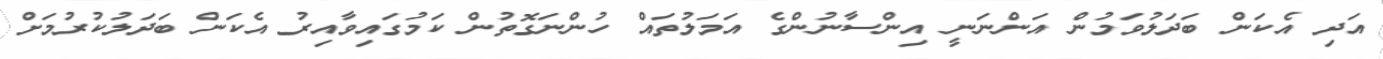
އަދި އެކަން ބަދަލުވަމުން އަންނަނީ އިންސާނުންގެ އަމަލުތައް ހުންނަގޮތުން ކަމުގައިވާއިރު އެކަން ބަދަލުކުރުމަށް